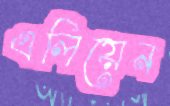
এলিয়েন